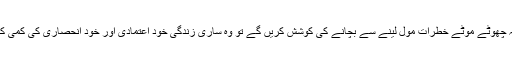
اگر ہم بچوں کو یہ چھوٹے موٹے خطرات مول لینے سے بچانے کی کوشش کریں گے تو وہ ساری زندگی خود اعتمادی اور خود انحصاری کی کمی کا شکار رہیں گے۔